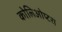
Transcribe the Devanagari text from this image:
कोलिओप्टरा